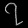
Digit: ၇